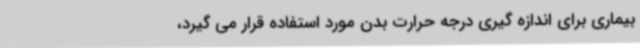
بیماری برای اندازه گیری درجه حرارت بدن مورد استفاده قرار می گیرد،